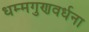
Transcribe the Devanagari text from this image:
धम्मगुणवर्धना